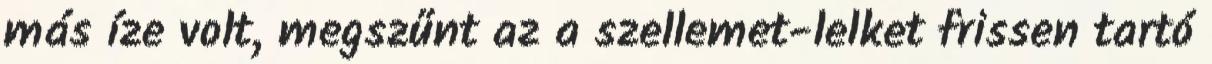
más íze volt, megszűnt az a szellemet-lelket frissen tartó